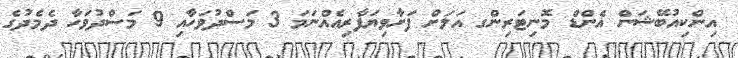
އިންކިއުބޭޝަން އެންޑް މޮނިޓަރިންގ އަލަށް ފަށާވިޔަފާރިއެއްނަމަ 3 މަސްދުވަހާއި 9 މަސްދުވަހާ ދެމެދުގެ